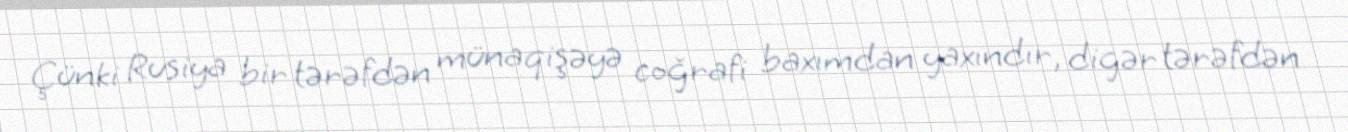
Çünki Rusiya bir tərəfdən münaqişəyə coğrafi baxımdan yaxındır, digər tərəfdən